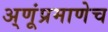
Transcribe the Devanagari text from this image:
अ्णूंप्रमाणेच